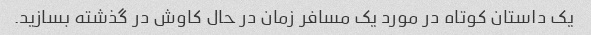
یک داستان کوتاه در مورد یک مسافر زمان در حال کاوش در گذشته بسازید.